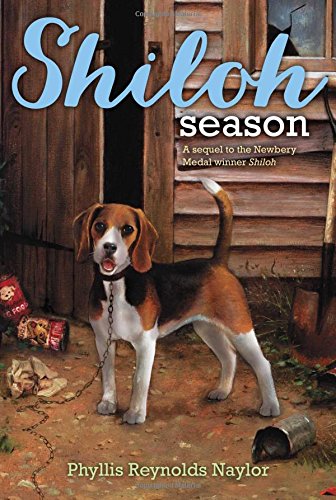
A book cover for Shiloh Season; Phyllis Reynolds Naylor; Children's Books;